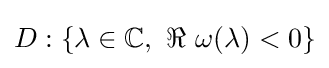
D:\{\lambda \in \mathbb {C} ,\ \Re \ \omega (\lambda )<0\}